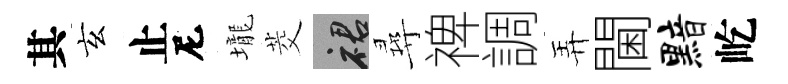
其玄止尼壠茭裙尋禆調弄閫黯屹